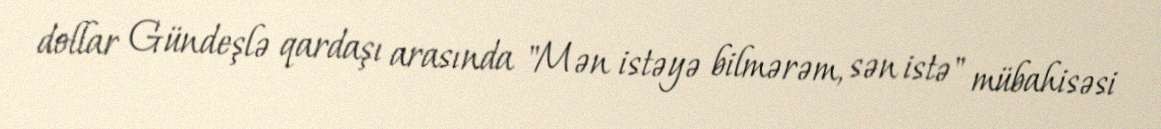
dollar Gündeşlə qardaşı arasında "Mən istəyə bilmərəm, sən istə" mübahisəsi